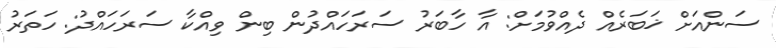
ސަންއަށް ޚަބަރެއް ދެއްވުމަށް: އާ ހާބަރު ސަރަހައްދުން ބިން ވިއްކާ ސަރަހައްދު: ހަތަރު